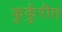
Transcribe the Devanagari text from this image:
कुर्कुरीत